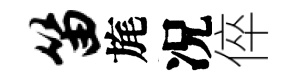
笛旄况倅